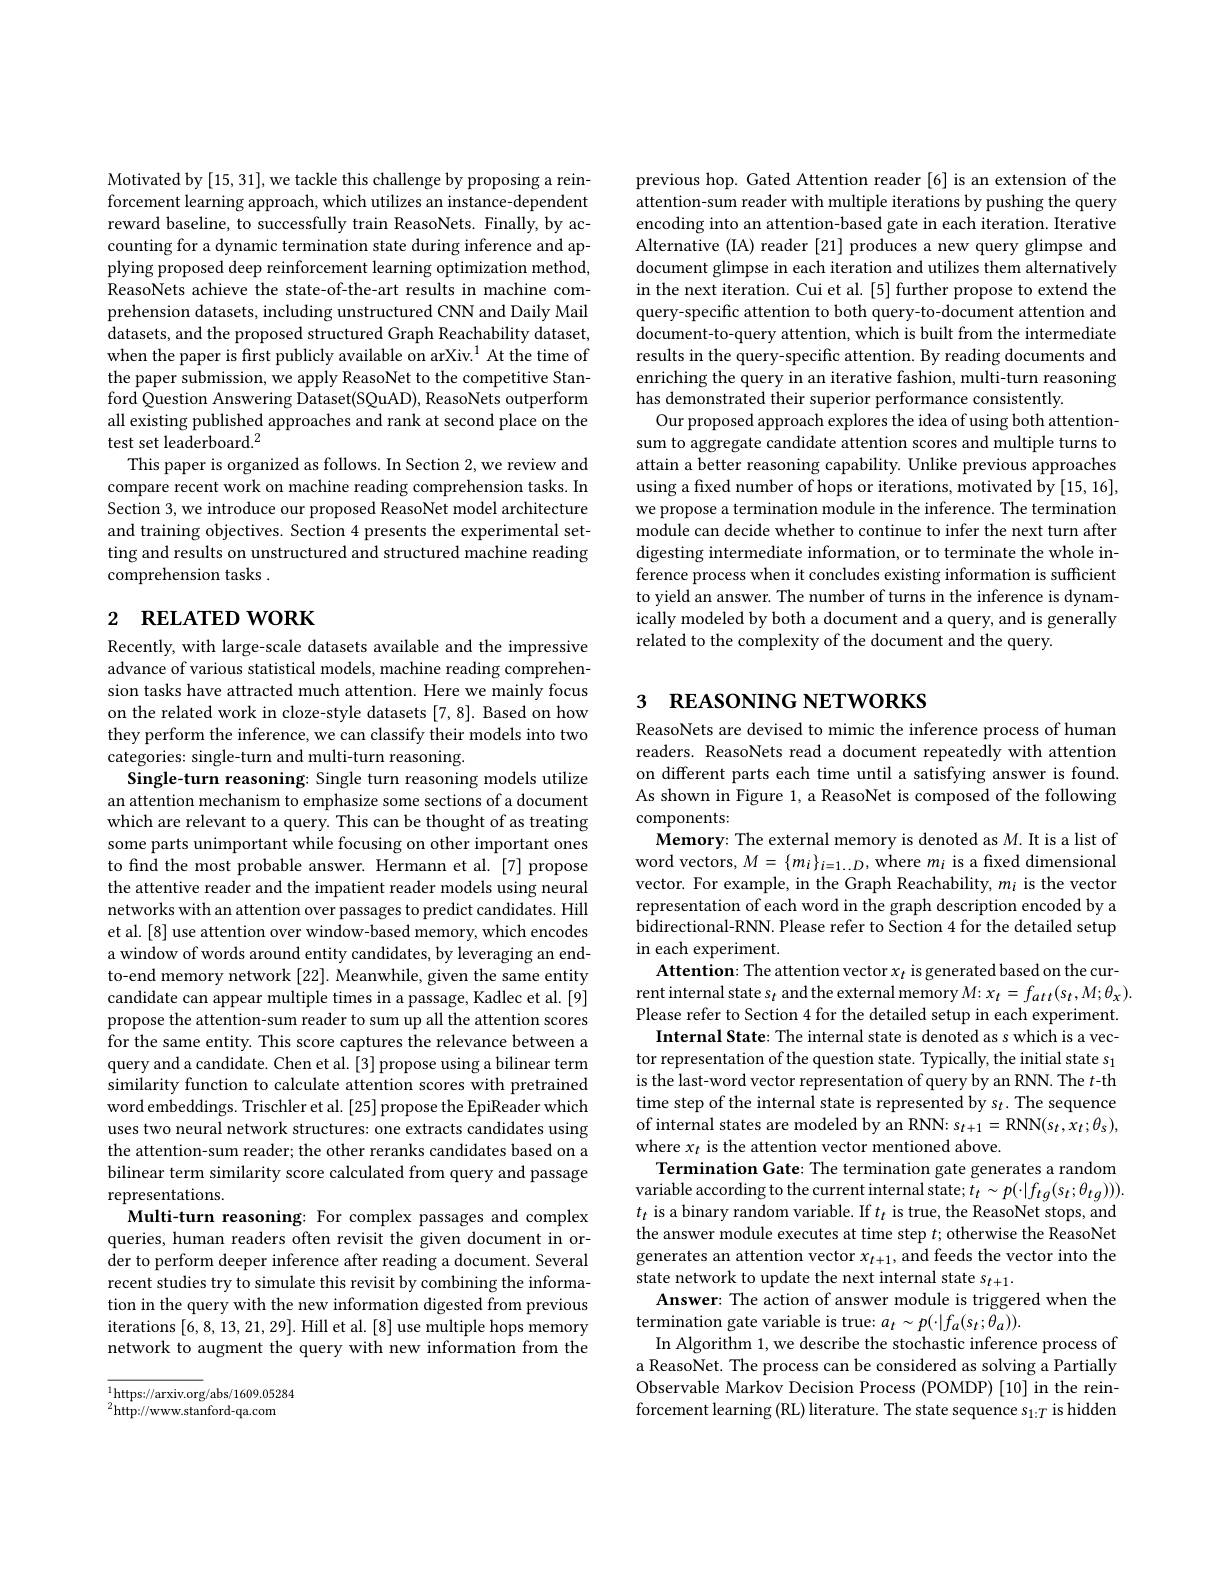
Motivated by [15,31],we tackle this challenge by proposing a reinforcement learning approach, which utilizes an instance-dependent reward baseline, to successfully train ReasoNets. Finally, by accounting for a dynamic termination state during inference and applying proposed deep reinforcement learning optimization method, ReasoNets achieve the state-of-the-art results in machine comprehension datasets, including unstructured CNN and Daily Mail datasets, and the proposed structured Graph Reachability dataset, when the paper is first publicly available on arXiv. $^{1}$ At the time of the paper submission, we apply ReasoNet to the competitive Stanford Question Answering Dataset(SQuAD), ReasoNets outperform all existing published approaches and rank at second place on the test set leaderboard.$^2$
This paper is organized as follows. In Section 2, we review and compare recent work on machine reading comprehension tasks. In Section 3, we introduce our proposed ReasoNet model architecture and training objectives. Section 4 presents the experimental setting and results on unstructured and structured machine reading comprehension tasks .

# 2 RELATED WORK

Recently, with large-scale datasets available and the impressive advance of various statistical models, machine reading comprehension tasks have attracted much attention. Here we mainly focus on the related work in cloze-style datasets [7,8]. Based on how they perform the inference, we can classify their models into two categories: single-turn and multi-turn reasoning.
Single-turn reasoning: Single turn reasoning models utilize an attention mechanism to emphasize some sections of a document which are relevant to a query. This can be thought of as treating some parts unimportant while focusing on other important ones to find the most probable answer. Hermann et al.[7] propose the attentive reader and the impatient reader models using neural networks with an attention over passages to predict candidates. Hill et al. [8] use attention over window-based memory, which encodes a window of words around entity candidates, by leveraging an endto-end memory network [22]. Meanwhile, given the same entity candidate can appear multiple times in a passage, Kadlec et al. [9] propose the attention-sum reader to sum up all the attention scores for the same entity. This score captures the relevance between a query and a candidate. Chen et al. [3] propose using a bilinear term similarity function to calculate attention scores with pretrained word embeddings. Trischler et al. [25] propose the EpiReader which uses two neural network structures: one extracts candidates using the attention-sum reader; the other reranks candidates based on a bilinear term similarity score calculated from query and passage representations.
Multi-turn reasoning: For complex passages and complex queries, human readers often revisit the given document in order to perform deeper inference after reading a document. Several recent studies try to simulate this revisit by combining the information in the query with the new information digested from previous iterations [6,8,13,21,29]. Hill et al. [8] use multiple hops memory network to augment the query with new information from the

$_{2}^{1}$https://arxiv.org/abs/1609.05284
$^{2}$http://www.stanford-qa.com

previous hop. Gated Attention reader [6] is an extension of the attention-sum reader with multiple iterations by pushing the query encoding into an attention-based gate in each iteration. Iterative Alternative (IA) reader [21] produces a new query glimpse and document glimpse in each iteration and utilizes them alternatively in the next iteration. Cui et al. [5] further propose to extend the query-specific attention to both query-to-document attention and document-to-query attention, which is built from the intermediate results in the query-specific attention. By reading documents and enriching the query in an iterative fashion, multi-turn reasoning has demonstrated their superior performance consistently.
Our proposed approach explores the idea of using both attentionsum to aggregate candidate attention scores and multiple turns to attain a better reasoning capability. Unlike previous approaches using a fixed number of hops or iterations, motivated by [15, 16], we propose a termination module in the inference. The termination module can decide whether to continue to infer the next turn after digesting intermediate information, or to terminate the whole inference process when it concludes existing information is sufficient to yield an answer. The number of turns in the inference is dynamically modeled by both a document and a query, and is generally related to the complexity of the document and the query.

# 3 REASONING NETWORKS

ReasoNets are devised to mimic the inference process of human readers. ReasoNets read a document repeatedly with attention on different parts each time until a satisfying answer is found. As shown in Figure 1, a ReasoNet is composed of the following components:
Memory: The external memory is denoted as $M.$ It is a list of word vectors, $M= \{ m_{i}\} _{i= 1\ldots D}$, where $m_i$ is a fixed dimensional vector. For example, in the Graph Reachability, $m_i$ is the vector representation of each word in the graph description encoded by a bidirectional-RNN. Please refer to Section 4 for the detailed setup in each experiment.
Attention: The attention vector $x_t$ is generated based on the current internal state $s_t$ and the external memory $M:x_t=f_{att}(s_t,M;\theta_x).$ Please refer to Section 4 for the detailed setup in each experiment.
Internal State: The internal state is denoted as s which is a vector representation of the question state. Typically, the initial state s$_1$ is the last-word vector representation of query by an RNN. The $t$-th time step of the internal state is represented by s$_t.$ The sequence of internal states are modeled by an RNN: $s_t+1=$RNN$(s_t,x_t;\theta_s)$, where $x_t$ is the attention vector mentioned above.
Termination Gate: The termination gate generates a random variable according to the current internal state; $t_t\sim p(\cdot|f_{tg}(s_t;\theta_{tg}))).$ $t_t$ is a binary random variable. If $t_t$ is true, the ReasoNet stops, and the answer module executes at time step $t;$ otherwise the ReasoNet generates an attention vector $x_t+1$, and feeds the vector into the state network to update the next internal state $s_t+1.$
Answer: The action of answer module is triggered when the
termination gate variable is true: $a_t\sim p(\cdot|f_a(s_t;\bar{\theta}_a)).$
In Algorithm 1, we describe the stochastic inference process of a ReasoNet. The process can be considered as solving a Partially Observable Markov Decision Process (POMDP) [10] in the reinforcement learning (RL) literature. The state sequence $s_1:T$ is hidden